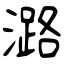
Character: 潞